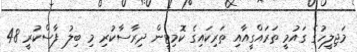
މަޖިލީހުގެ ގައުމީ ތަރައްގީއާއި ތަރިކައިގެ ކޮމިޓީން ދިރާސާކުރި މި ބިލު ފާސްކުރީ 48